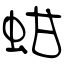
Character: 蚶